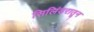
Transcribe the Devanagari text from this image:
सिलिंडरातून